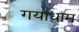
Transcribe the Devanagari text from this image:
गयाधाम